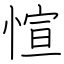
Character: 愃